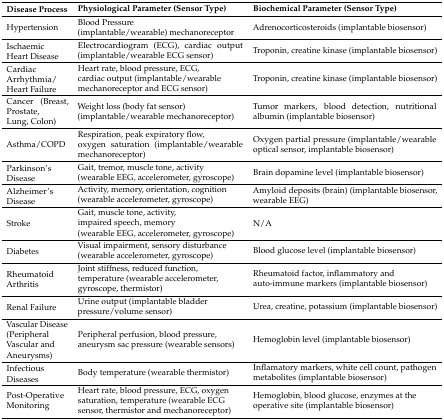
| Disease Process | Physiological Parameter (Sensor Type) | Biochemical Parameter (Sensor Type) |
 | --- | --- | --- |
 | Hypertension | Blood Pressure (implantable/wearable) mechanoreceptor | Adrenocorticosteroids (implantable biosensor) |
 | Ischaemic Heart Disease | Electrocardiogram (ECG), cardiac output (implantable/wearable ECG sensor) | Troponin, creatine kinase (implantable biosensor) |
 | Cardiac Arrhythmia/ Heart Failure | Heart rate, blood pressure, ECG, cardiac output (implantable/wearable mechanoreceptor and ECG sensor) | Troponin, creatine kinase (implantable biosensor) |
 | Cancer (Breast, Prostate, Lung, Colon) | Weight loss (body fat sensor) (implantable/wearable mechanoreceptor) | Tumor markers, blood detection, nutritional albumin (implantable biosensor) |
 | Asthma/COPD | Respiration, peak expiratory flow, oxygen saturation (implantable/wearable mechanoreceptor) | Oxygen partial pressure (implantable/wearable optical sensor, implantable biosensor) |
 | Parkinson’s Disease | Gait, tremor, muscle tone, activity (wearable EEG, accelerometer, gyroscope) | Brain dopamine level (implantable biosensor) |
 | Alzheimer’s Disease | Activity, memory, orientation, cognition (wearable accelerometer, gyroscope) | Amyloid deposits (brain) (implantable biosensor, wearable EEG) |
 | Stroke | Gait, muscle tone, activity, impaired speech, memory (wearable EEG, accelerometer, gyroscope) | N/A |
 | Diabetes | Visual impairment, sensory disturbance (wearable accelerometer, gyroscope) | Blood glucose level (implantable biosensor) |
 | Rheumatoid Arthritis | Joint stiffness, reduced function, temperature (wearable accelerometer, gyroscope, thermistor) | Rheumatoid factor, inflammatory and auto-immune markers (implantable biosensor) |
 | Renal Failure | Urine output (implantable bladder pressure/volume sensor) | Urea, creatine, potassium (implantable biosensor) |
 | Vascular Disease (Peripheral Vascular and Aneurysms) | Peripheral perfusion, blood pressure, aneurysm sac pressure (wearable sensors) | Hemoglobin level (implantable biosensor) |
 | Infectious Diseases | Body temperature (wearable thermistor) | Inflamatory markers, white cell count, pathogen metabolites (implantable biosensor) |
 | Post-Operative Monitoring | Heart rate, blood pressure, ECG, oxygen saturation, temperature (wearable ECG sensor, thermistor and mechanoreceptor) | Hemoglobin, blood glucose, enzymes at the operative site (implantable biosensor) |